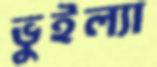
ভুইল্যা